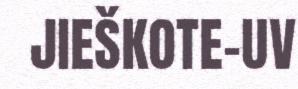
JIEŠKOTE-UV